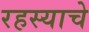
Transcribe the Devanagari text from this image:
रहस्याचे